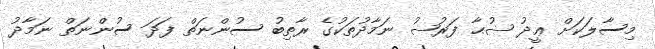
މިސާލަކަށް ޢީދު ޟުޙާ ފަރުޟު ނަމާދުތަކުގެ ރާތިބު ސުންނަތް ފަދަ ސުންނަތް ނަމާދު